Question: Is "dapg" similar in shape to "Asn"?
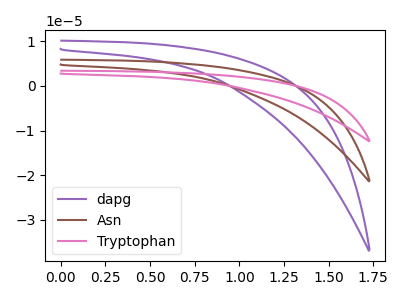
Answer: <think>The purple curve "dapg" has no peaks. The brown curve "Asn" has no peaks. The pink curve "Tryptophan" has no peaks.
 Neither "dapg" or "Asn" have any peaks.</think>
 <answer>"dapg" and "Asn" are similar in shape.</answer>
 <eval>same_shape</eval>